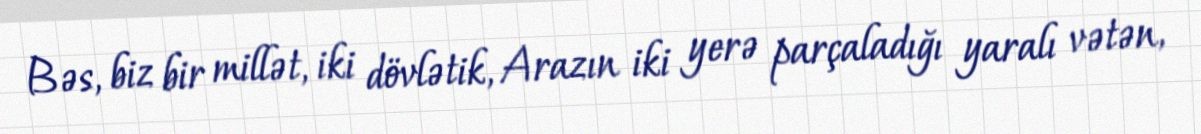
Bəs, biz bir millət, iki dövlətik, Arazın iki yerə parçaladığı yaralı vətən,